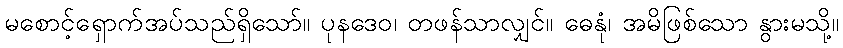
မစောင့်ရှောက်အပ်သည်ရှိသော်။ ပုနဒေဝ၊ တဖန်သာလျှင်။ ဓေနုံ၊ အမိဖြစ်သော နွားမသို့။